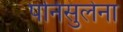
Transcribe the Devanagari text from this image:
पनिसुलेना